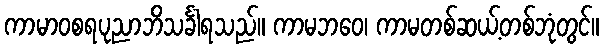
ကာမာဝစရပုညာဘိသင်္ခါရသည်။ ကာမဘဝေ၊ ကာမတစ်ဆယ့်တစ်ဘုံတွင်။